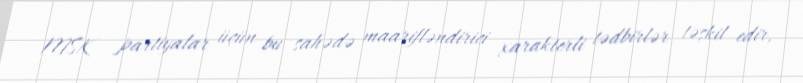
MSK partiyalar üçün bu sahədə maarifləndirici xarakterli tədbirlər təşkil edir,